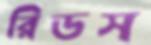
রিডস